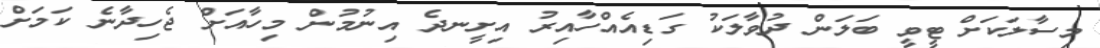
މިސާލަކަށް ޓީވީ ބަލަން ދުވާލަކު ގަޑިއެއްހާއިރު އިށީނދެ އިނުމުން މިހާއަށް ޖެހިދާނެ ކަމަށް